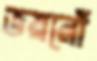
ভয়রোঁ